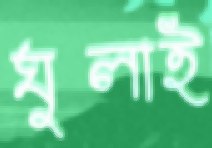
ঘুলাই